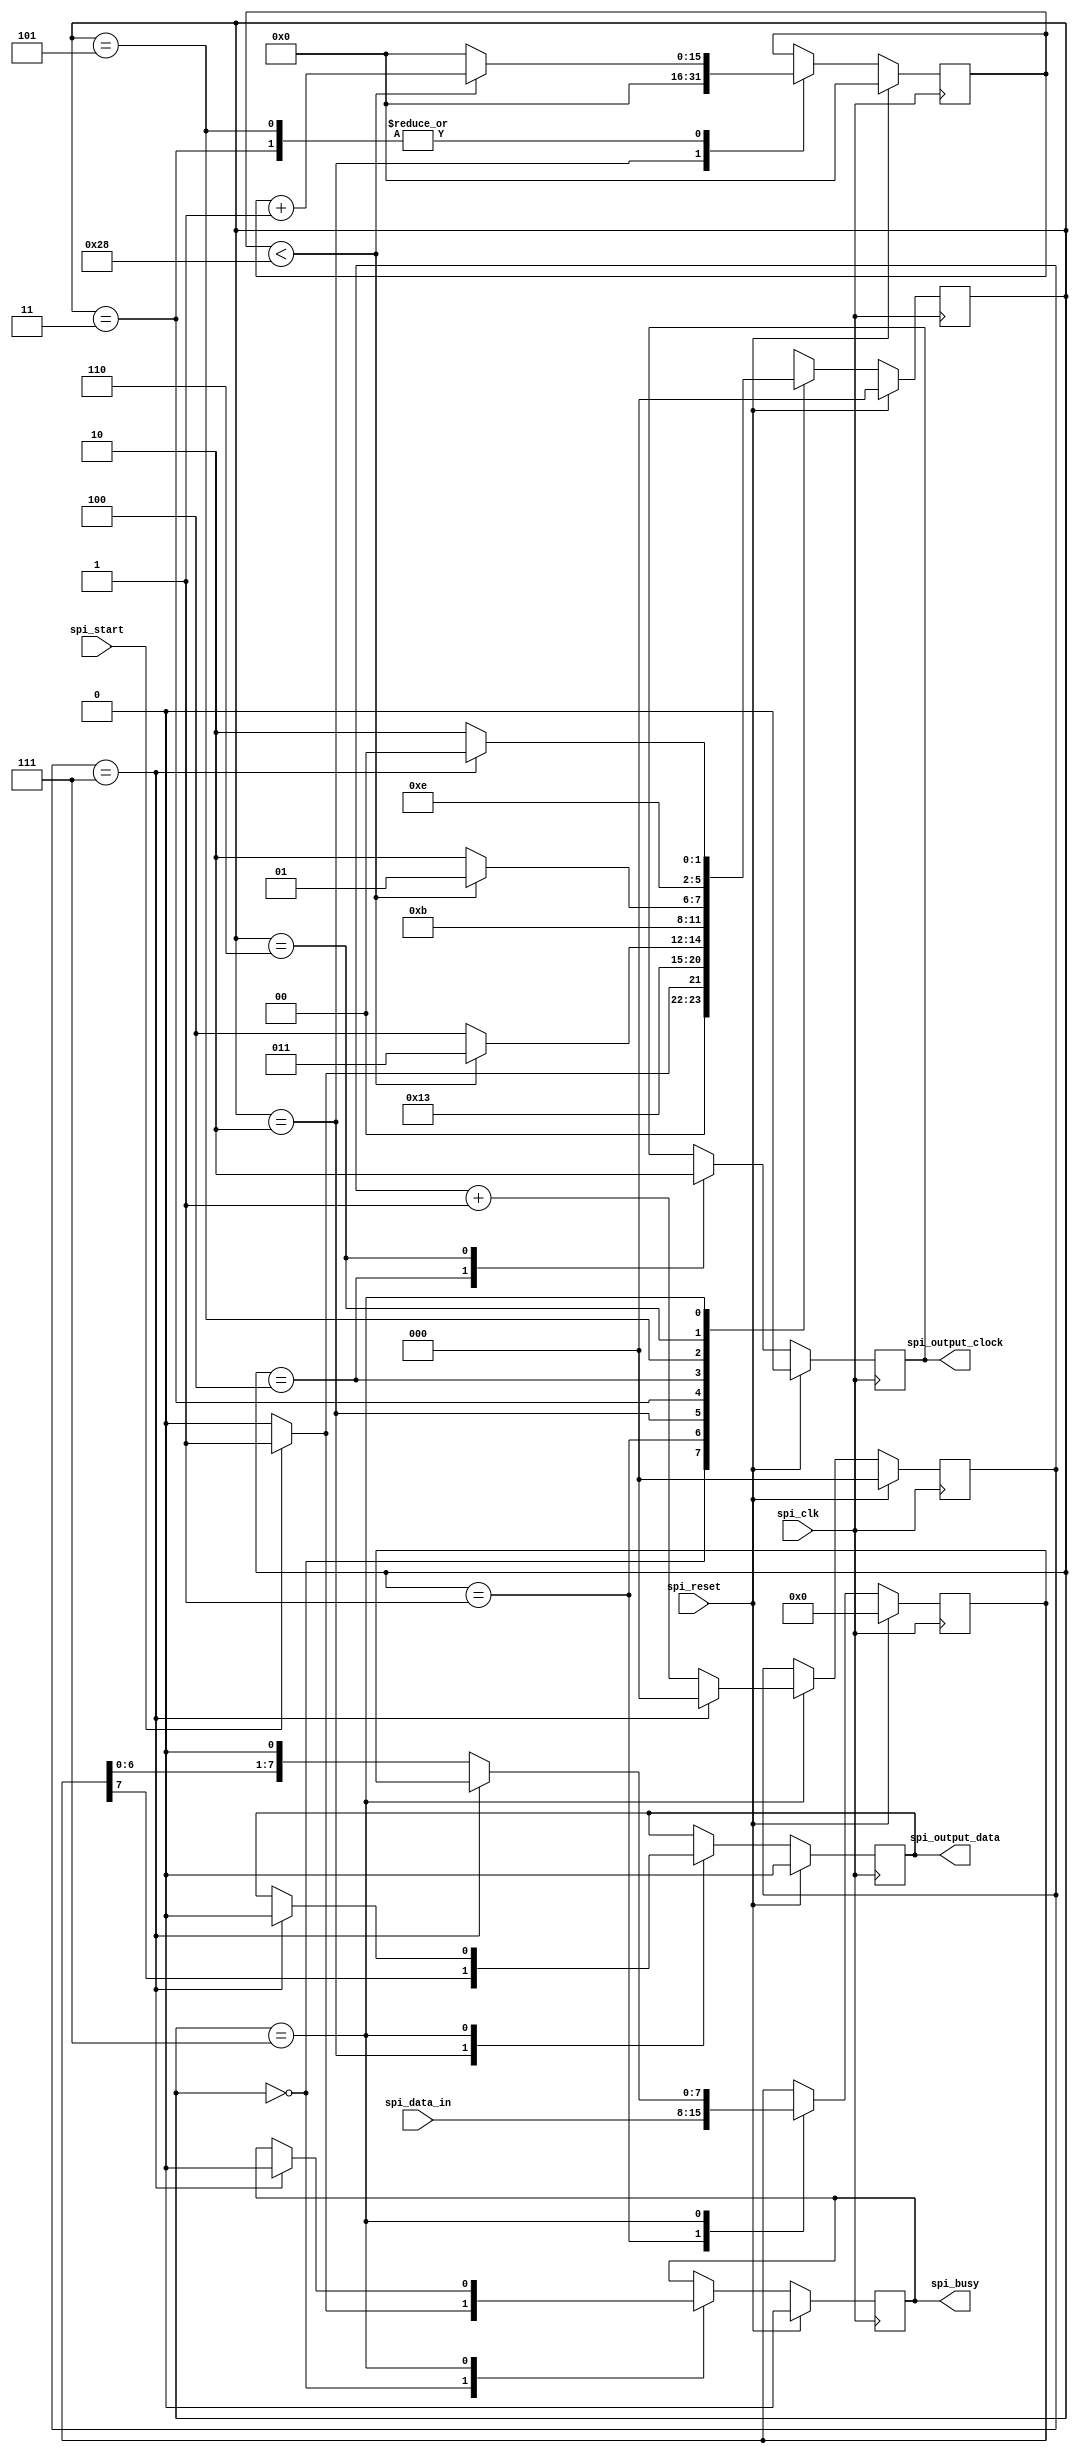
// This writes a byte to the LED strip. It uses a
// modified SPI output from master to slave. We
// are master and se send data. Nothing is required
// to be received by the slave.

module spi (
    input wire spi_reset,
    input wire spi_clk,
    output reg spi_output_data,
    output reg spi_output_clock,
    input wire spi_start,
    input wire[7:0] spi_data_in,
    output reg spi_busy = 0
  );
 
localparam 
  STATE_IDLE = 0,
  STATE_ACCEPT = 1,
  STATE_SET_BIT = 2,
  STATE_WAIT_CLOCK_SET = 3,
  STATE_SET_CLOCK = 4,
  STATE_WAIT_CLOCK_CLEAR = 5,
  STATE_CLEAR_CLOCK = 6,
  STATE_SHIFT_DATA_HOLDING = 7;

localparam
  CLOCK_DELAY_TIME = 40;
  
reg[2:0] bit_counter = 0;
reg[2:0] spi_state = STATE_IDLE;
reg[7:0] spi_data_holding = 0;
reg[15:0] clock_delay = 0;

always @ (posedge spi_clk)
  begin
  if (spi_reset)
    begin
    spi_state <= STATE_IDLE;
    spi_busy <= 0;
    spi_output_data <= 0;
    spi_output_clock <= 0;
    spi_data_holding <= 0;
    bit_counter <= 0;
    clock_delay <= 0;
    spi_data_holding <= 0;
    end
  else
    begin
    case(spi_state)
      STATE_IDLE:
        begin
        if (spi_start == 1)
          begin
          spi_busy <= 1;
          spi_state <= STATE_ACCEPT;
          end
        else
          begin
          spi_busy <= 0;
          spi_state <= STATE_IDLE;
          end
        end
      STATE_ACCEPT:
        begin
        // Following are for troubleshooting dostring_wave
        //  bit_counter <= 0; //testing
        //  spi_output_data <= 0; //testing
        //  spi_busy <= 0; //testing
        //  spi_state <= STATE_IDLE;//testing
        spi_data_holding <= spi_data_in;
        spi_state <= STATE_SET_BIT;
        end
      STATE_SET_BIT:
        begin
        spi_output_data <= spi_data_holding[7:7];
        spi_state <= STATE_WAIT_CLOCK_SET;
        clock_delay <= 0;
        end
      STATE_WAIT_CLOCK_SET:
        begin
        if (clock_delay < CLOCK_DELAY_TIME)
          begin
          clock_delay <= clock_delay + 1;
          spi_state <= STATE_WAIT_CLOCK_SET;
          end
        else
          begin
          clock_delay <= 0;
          spi_state <= STATE_SET_CLOCK;
          end
        end
      STATE_SET_CLOCK:
        begin
        spi_output_clock <= 1;
        spi_state <= STATE_WAIT_CLOCK_CLEAR;
        end
      STATE_WAIT_CLOCK_CLEAR:
        begin
        if (clock_delay < CLOCK_DELAY_TIME)
          begin
          clock_delay <= clock_delay + 1;
          spi_state <= STATE_WAIT_CLOCK_CLEAR;
          end
        else
          begin
          clock_delay <= 0;
          spi_state <= STATE_CLEAR_CLOCK;
          end
        end
      STATE_CLEAR_CLOCK:
        begin
        spi_output_clock <= 0;
        spi_state <= STATE_SHIFT_DATA_HOLDING;
        end
      STATE_SHIFT_DATA_HOLDING:
        begin
        if (bit_counter == 7)
          begin
          bit_counter <= 0;
          spi_output_data <= 0;
          spi_busy <= 0;
          spi_state <= STATE_IDLE;
          end
        else
          begin
          bit_counter <= bit_counter + 1;
          spi_data_holding <= spi_data_holding << 1;
          spi_state <= STATE_SET_BIT;
          end
        end
      default:
        begin
        spi_output_data <= 0;
        spi_output_clock <= 0;
        spi_busy <= 0;
        bit_counter <= 0;
        spi_state <= STATE_IDLE;
        spi_data_holding <= 0;
        end
      endcase
    end
  end

endmodule